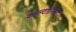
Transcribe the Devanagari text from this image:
काल्टानिसेटा